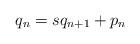
LaTeX: \begin{align*} q_n=sq_{n+1}+p_n \end{align*}